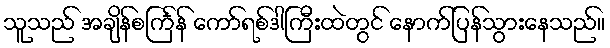
သူသည် အချိန်စင်္ကြန် ကော်ရစ်ဒါကြီးထဲတွင် နောက်ပြန်သွားနေသည်။